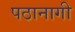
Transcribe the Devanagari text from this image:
पठानागी